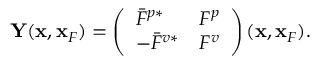
\begin{array} { r } { { \bf Y } ( { \bf x } , { \bf x } _ { F } ) = \left( \begin{array} { l l } { \bar { F } ^ { p * } } & { F ^ { p } } \\ { - \bar { F } ^ { v * } } & { F ^ { v } } \end{array} \right) ( { \bf x } , { \bf x } _ { F } ) . } \end{array}